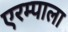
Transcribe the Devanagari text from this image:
एरम्पाला